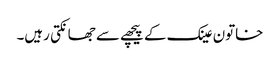
خاتون عینک کے پیچھے سے جھانکتی رہیں۔